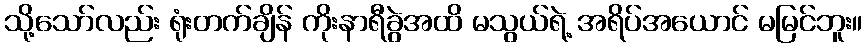
သို့သော်လည်း ရုံးတက်ချိန် ကိုးနာရီခွဲအထိ မသွယ်ရဲ့ အရိပ်အယောင် မမြင်ဘူး။